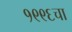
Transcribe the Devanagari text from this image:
१९९६चा